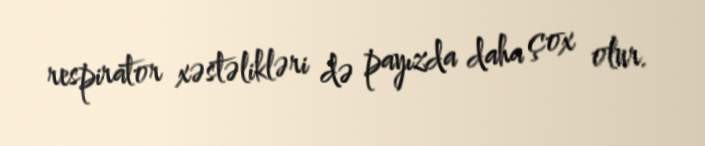
respirator xəstəlikləri də payızda daha çox olur.